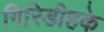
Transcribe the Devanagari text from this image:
गिरिडीहके